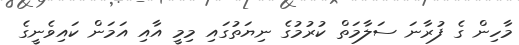
މާހިން ގެ ފުރާނަ ސަލާމަތް ކުރުމުގެ ނިޔަތުގައި މިމީ އާއި އަމަން ކައިވެނީގެ